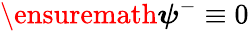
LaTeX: \ensuremath{\boldsymbol{\psi}}^{-}\equiv 0